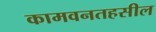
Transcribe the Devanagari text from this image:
कामवनतहसील